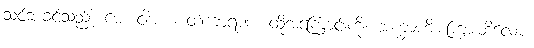
သင်ဘခင်သည်။ မေ၊ ငါအား။ တံကာရဏံ၊ ထိုအကြောင်းကို။ အက္ခာဟိ၊ ကြားဘိလော့။